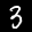
Label: 3